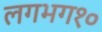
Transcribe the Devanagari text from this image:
लगभग१०